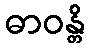
ဓာဝန္တိ